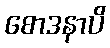
စောဒနာပိ